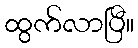
ထွက်လာပြီ။